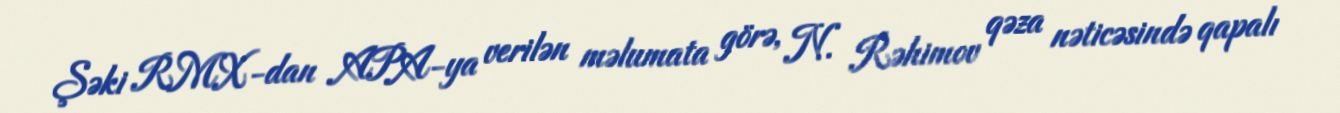
Şəki RMX-dan APA-ya verilən məlumata görə, N. Rəhimov qəza nəticəsində qapalı